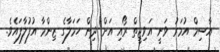
އާސިމް އުމަރު ވަނީ އަވިޖީތް ރޯއި އަށް ދިން ހަމަލާގެ ޒިންމާ އުފުލާފައެވެ.